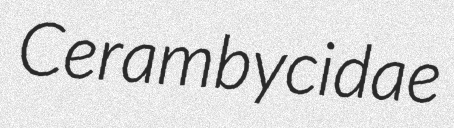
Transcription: Cerambycidae